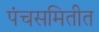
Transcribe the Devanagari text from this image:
पंचसमितीत